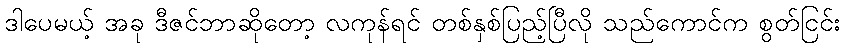
ဒါပေမယ့် အခု ဒီဇင်ဘာဆိုတော့ လကုန်ရင် တစ်နှစ်ပြည့်ပြီလို သည်ကောင်က စွတ်ငြင်း